Report on horse surra - Volume II, Part II
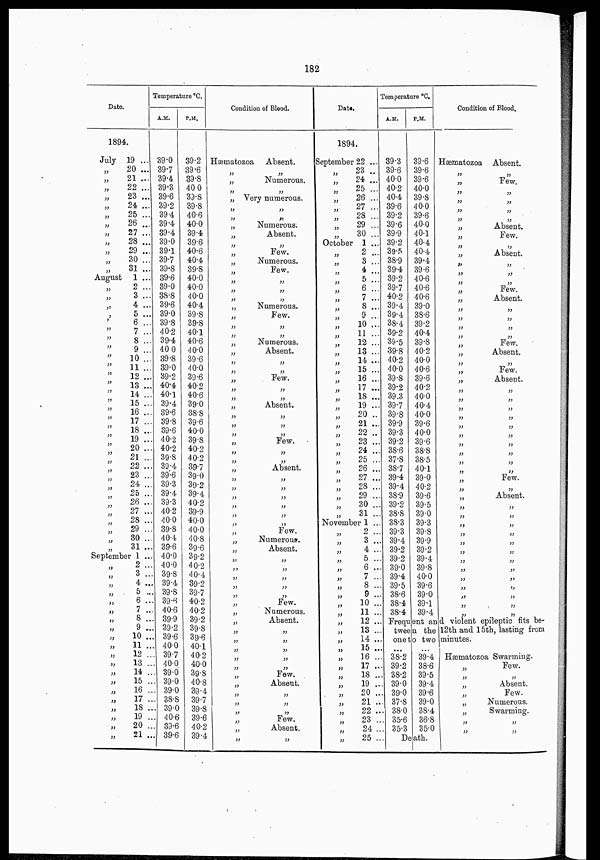
182
Date.
1894.
July
„
„
„
„
„
„
„
„
„
„
„
„
August
„
„
„
„
„
„
„
„
„
„
„
„
„
„
„
„
„
„
„
„
„
„
„
„
„
„
„
„
„
„
19 ...
20 ...
21 ...
22 ...
23 ...
24 ...
25 ...
26 ...
27 ...
28 ...
29 ...
30 ...
31 ...
1 ...
2 ...
3 ...
4 ...
5 ...
6 ...
7 ...
8 ...
9 ...
10 ...
11 ...
12 ...
13 ...
14 ...
15 ...
16 ...
17 ...
18 ...
19 ...
20 ...
21 ...
22 ...
23 ...
24 ...
25 ...
26 ...
27 ...
28 ...
29 ..
30 ...
31 ...
September 1 ...
„
„
„
„
„
„
„
„
„
„
„
„
„
„
„
„
„
„
„
„
2 ...
3 ...
4 ...
5 ...
6 ...
7 ...
8 ...
9 ...
10 ...
11 ...
12 ...
13 ...
14 ..
15 ...
16 ...
17 ...
18 ...
19 ...
20 ...
21 ...
Temperature °C.
A.M.
39.0
39.7
39.4
39.3
39.6
39.2
39.4
39.4
39.4
39.0
39.1
39.7
39.8
39.6
39.0
38.8
39.6
39.0
39.8
40.2
39.4
40 0
39.8
39.0
39.2
40.4
40.1
39.4
39.6
39.8
39.6
40.2
40.2
39.8
39.4
39.6
39.3
39.4
39.3
40.2
40.0
39.8
40.4
39.6
40.0
40.0
39.8
39.4
39.8
39.6
40.6
39.9
39.2
39.6
40.0
39.7
40.0
39.0
39.0
39.0
38.8
39.0
40.6
39.6
39.6
P.M.
39.2
39.6
39.8
40.0
39.8
39.8
40.6
40.0
39.4
39.6
40.6
40.4
39.8
40.0
40.0
40.0
40.4
39.8
39.8
40.1
40.6
40.0
39.6
40.0
39.6
40.2
40.6
39.0
38.8
39.6 40.0
39.8
40.2
40.2
39.7
39.0
39.2
39.4
40.2
39.9
40.0
40.0
40.8
39.6
39.2
40.2
40.4
39.2
39.7
40.2
40.2
39.2
39.8
39.6
40.1
40.2
40.0
39.8
40.8
39.4
39.7
39.8
39.6
40.2
39.4
Condition of Blood.
Hæmatozoa Absent.
„
„
Numerous.
„ Very numerous.
„ „
„
„
„
Numerous
„
Absent.
„
„
„
Few.
„
Numerous.
„
Few.
„
„
„
„
„
„
„
Numerous.
„
Few.
„ „
„
„
„
Numerous.
„
Absent.
„
„
„
„
„
Few.
„
„
„
„
„
Absent.
„
„
„ „
„ „
„ „ Few.
„
„
„
„
„
Absent.
„
„
„
„
„
„
„
„
„
„
„
„
„
Few.
„
Numerous.
„
Absent.
„
„
„
„
„
„
„
„
„
„
„
Few.
„
Numerous.
„
Absent.
„
„
„
„
„ „
„
„
„
„
„
Few.
„
Absent.
„
„
„
„
„
„
„
Few.
„
Absent.
„
„
Date.
1894.
September
„
„
„
„
„
October
„
„
„
„
„
„
„
„
„
„
„
„
„
„
„
„
„
„
„
„
„
„
„
„
„
„
„
„
„
„
22 ...
23 ..
24 ...
25 ...
26 ...
27 ...
28 ...
29 ...
30 ...
1 ...
2 ...
3 ...
4 ...
5 ...
6 ...
7 ...
8 ...
9 ...
10 ...
11 ...
12 ...
13 ...
14 ...
15 ...
16 ...
17 ...
18 ...
19 ..
20 ..
21 ...
22 ..
23 ..
24 ..
25 ..
26 ..
27 ..
28 ..
29 ..
30 ..
31 ..
November 1 ..
„
„
„
„
„
„
„
„
„
„
„
„
„
„
„
„
„
„
„
„
„
„
„
2 ..
3 ..
4 ..
5 ..
6 ..
7 ..
8 ..
9 ..
10 ..
11 ..
12 ..
13 ..
14 ..
15 ..
16 .
17 .
18 ...
19 ...
20 ...
21 ...
22 ...
23 ...
24 ...
25 ...
Temperature °C.
A.M.
39.3
39.6
40.0
40.2
40.4
39.6
39.2
39.6
39.9
39.2
39.5
38.9
39.4
39.2
39.7
40.2
39.4
39.4
38.4
39.2
39.5
39.8
40.2
40.0
39.8
39.2
39.3
39.7
39.8
39.9
39.3
39.2
38.6
37.8
38.7
39.4
39.4
38.9
39.2
38.8
38.3
39.3
39.4
39.2
39.2
39.0
39.4
39.5
38.6
38.4
38.4
P.M.
39.6
39.6
39.6
40.0
39.8
40.0
39.6
40.0
40.1
40.4
40.4
39.4
39.6
40.6
40.6
40.6
39.0
38.6
39.2
40.4
39.8
40.2
40.0
40.6
39.6
40.2
40.0
40.4
40.0
39.6
40.0
39.6
38.8
38.5
40.1
39.0
40.2
39.6
39.5
39.0
39.3
39.8
39.9
39.2
39.4
39.8
40.0
39.6
39.0
39.1
39.4
Condition of Blood.
Hæmatozoa Absent.
„
Few.
„
„
„
„
„
„
„
Absent.
„
Few.
„
Absent.
„
„
„
Few.
„
Absent.
„
„
„
„
Absent.
„
Few.
„
Absent.
„ „
„ „
„
„
„ „
„ „
„
„
„
„
„
„
„
Few.
„
„
„
Absent.
„
„
„
„
„
„
„
„
„
„
„
„
„
„
„
„
„
„
„
„
„
„
„
„
„ „
Frequent and violent epileptic fits be-
tween the 12th and 15th, lasting from
one to two minutes.
...
38.2
39.2
38.2
39.0
39.0
37.8
38.0
35.6
35.3
...
39.4
38.6
39.5
39.4
39.6
39.0
38.4
36.8
35.0
Death.
Hæmatozoa Swarming.
„ Few.
„
„
„
Absent.
„ Few.
„
Numerous.
„
Swarming.
„
„
„
„